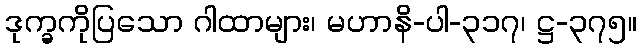
ဒုက္ခကိုပြသော ဂါထာများ၊ မဟာနိ-ပါ-၃၁၇၊ ဋ္ဌ-၃၇၅။